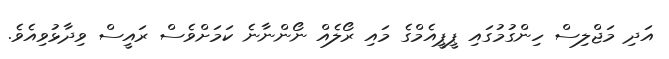
އަދި މަޖްލިސް ހިންގުމުގައި ޕީޕީއެމްގެ މައި ރޯލެއް ނޯންނާނެ ކަމަށްވެސް ރައީސް ވިދާޅުވިއެވެ.